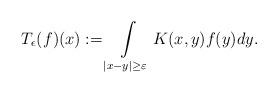
LaTeX: \begin{align*}T_{\epsilon}(f)(x):= \int\limits_{|x-y|\geq\varepsilon}K(x,y)f(y)dy.\end{align*}